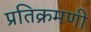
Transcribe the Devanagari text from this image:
प्रतिक्रमणी